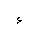
Letter: _hamza